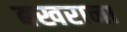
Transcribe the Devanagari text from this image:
बखराना